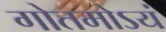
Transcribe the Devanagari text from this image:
गोतमोऽयं